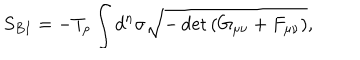
S _ { B I } = - T _ { p } \int d ^ { n } \sigma \sqrt { - \det { \left( G _ { \mu \nu } + F _ { \mu \nu } \right) } } ,